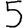
Digit: 5